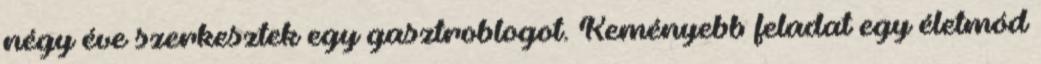
négy éve szerkesztek egy gasztroblogot. Keményebb feladat egy életmód